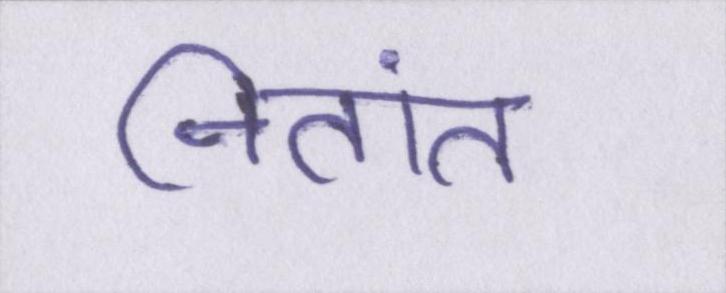
नितांत